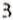
3